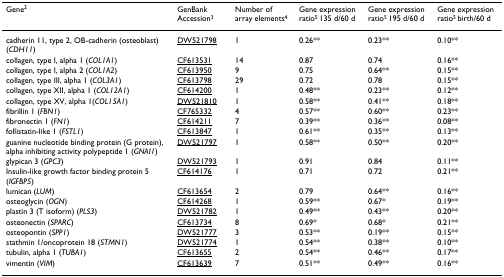
<table><thead><tr><td><b>Gene<sup>2</sup></b></td><td><b>GenBank Accession<sup>3</sup></b></td><td><b>Number of array elements<sup>4</sup></b></td><td><b>Gene expression ratio<sup>5 </sup>135 d/60 d</b></td><td><b>Gene expression ratio<sup>5 </sup>195 d/60 d</b></td><td><b>Gene expression ratio<sup>5 </sup>birth/60 d</b></td></tr></thead><tbody><tr><td>cadherin 11, type 2, OB-cadherin (osteoblast) (<i>CDH11</i>)</td><td>DW521798</td><td>1</td><td>0.26**</td><td>0.23**</td><td>0.10**</td></tr><tr><td>collagen, type I, alpha 1 (<i>COL1A1</i>)</td><td>CF613531</td><td>14</td><td>0.87</td><td>0.74</td><td>0.16**</td></tr><tr><td>collagen, type I, alpha 2 (<i>COL1A2</i>)</td><td>CF613950</td><td>9</td><td>0.75</td><td>0.64**</td><td>0.15**</td></tr><tr><td>collagen, type III, alpha 1 (<i>COL3A1</i>)</td><td>CF613798</td><td>29</td><td>0.72</td><td>0.78</td><td>0.15**</td></tr><tr><td>collagen, type XII, alpha 1 (<i>COL12A1</i>)</td><td>CF614200</td><td>1</td><td>0.48**</td><td>0.23**</td><td>0.12**</td></tr><tr><td>collagen, type XV, alpha 1(<i>COL15A1</i>)</td><td>DW521810</td><td>1</td><td>0.58**</td><td>0.41**</td><td>0.18**</td></tr><tr><td>fibrillin 1 (<i>FBN1</i>)</td><td>CF765332</td><td>4</td><td>0.57**</td><td>0.60**</td><td>0.23**</td></tr><tr><td>fibronectin 1 (<i>FN1</i>)</td><td>CF614211</td><td>7</td><td>0.39**</td><td>0.36**</td><td>0.08**</td></tr><tr><td>follistatin-like 1 (<i>FSTL1</i>)</td><td>CF613847</td><td>1</td><td>0.61**</td><td>0.35**</td><td>0.13**</td></tr><tr><td>guanine nucleotide binding protein (G protein), alpha inhibiting activity polypeptide 1 (<i>GNAI1</i>)</td><td>DW521797</td><td>1</td><td>0.58**</td><td>0.50**</td><td>0.20**</td></tr><tr><td>glypican 3 (<i>GPC3</i>)</td><td>DW521793</td><td>1</td><td>0.91</td><td>0.84</td><td>0.11**</td></tr><tr><td>Insulin-like growth factor binding protein 5 (<i>IGFBP5</i>)</td><td>CF614176</td><td>1</td><td>0.71</td><td>0.72</td><td>0.21**</td></tr><tr><td>lumican (<i>LUM</i>)</td><td>CF613654</td><td>2</td><td>0.79</td><td>0.64**</td><td>0.16**</td></tr><tr><td>osteoglycin (<i>OGN</i>)</td><td>CF614268</td><td>1</td><td>0.59**</td><td>0.67*</td><td>0.19**</td></tr><tr><td>plastin 3 (T isoform) (<i>PLS3</i>)</td><td>DW521782</td><td>1</td><td>0.49**</td><td>0.43**</td><td>0.20**</td></tr><tr><td>osteonectin (<i>SPARC</i>)</td><td>CF613734</td><td>8</td><td>0.69*</td><td>0.68*</td><td>0.21**</td></tr><tr><td>osteopontin (<i>SPP1</i>)</td><td>DW521777</td><td>3</td><td>0.53**</td><td>0.19**</td><td>0.15**</td></tr><tr><td>stathmin 1/oncoprotein 18 (<i>STMN1</i>)</td><td>DW521774</td><td>1</td><td>0.54**</td><td>0.38**</td><td>0.10**</td></tr><tr><td>tubulin, alpha 1 (<i>TUBA1</i>)</td><td>CF613655</td><td>2</td><td>0.54**</td><td>0.46**</td><td>0.17**</td></tr><tr><td>vimentin (<i>VIM</i>)</td><td>CF613639</td><td>7</td><td>0.51**</td><td>0.49**</td><td>0.16**</td></tr></tbody></table>